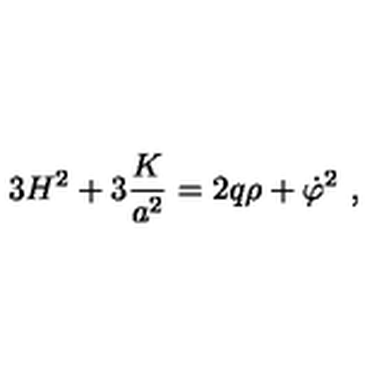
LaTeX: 3 H ^ { 2 } + 3 { \frac { K } { a ^ { 2 } } } = 2 q \rho + \dot { \varphi } ^ { 2 } \ ,